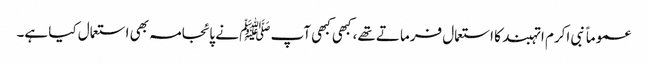
عموماً نبی اکرم ا تہبند کا استعمال فرماتے تھے، کبھی کبھی آپ ﷺ نے پائجامہ بھی استعمال کیا ہے۔